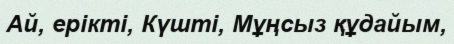
Ай, ерікті, Күшті, Мұңсыз құдайым,